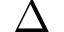
\Delta